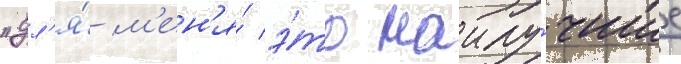
"дл'я́ м'ен'я́ э́то наилу́чшие